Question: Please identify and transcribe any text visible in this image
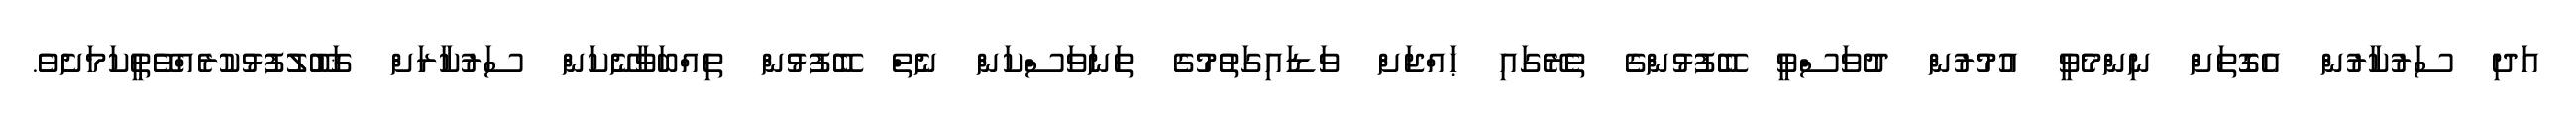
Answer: އަދި ސަރުކާރުން އެގޮތަށް ނިންމެވީ އުމުރުން ދުވަސްވީ ބޭފުޅުންގެ ތެރޭގައި ޙައްޖަށް ވަޑައިގަތުމުގެ ތަނަވަސްކަން ނެތް ބޭފުޅުން ތިއްބަވާނޭކަން ސަރުކާރަށް ޤަބޫލުފުޅުކުރެއްވޭތީކަމަށެވެ.